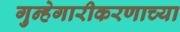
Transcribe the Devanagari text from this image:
गुन्हेगारीकरणाच्या